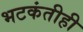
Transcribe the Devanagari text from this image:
भटकंतीही